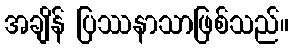
အချိန် ပြဿနာသာဖြစ်သည်။